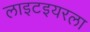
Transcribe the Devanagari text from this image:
लाइटइयरला